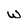
Character: w